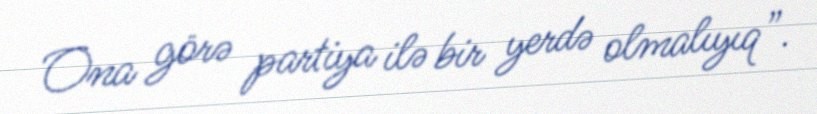
Ona görə partiya ilə bir yerdə olmalıyıq”.